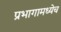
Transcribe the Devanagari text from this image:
प्रभागामध्येच